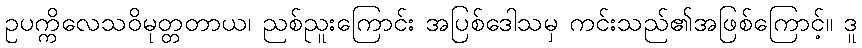
ဥပက္ကိလေသဝိမုတ္တတာယ၊ ညစ်ညူးကြောင်း အပြစ်ဒေါသမှ ကင်းသည်၏အဖြစ်ကြောင့်။ ဒူ